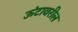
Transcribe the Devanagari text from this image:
ऊंटावरील